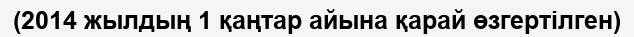
(2014 жылдың 1 қаңтар айына қарай өзгертілген)